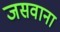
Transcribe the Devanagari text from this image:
जसवाना